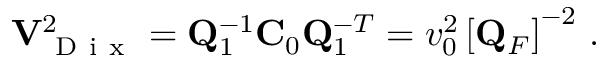
{ \bf V } _ { \mathrm { ~ D ~ i ~ x ~ } } ^ { 2 } = { \bf Q } _ { 1 } ^ { - 1 } { \bf C } _ { 0 } { \bf Q } _ { 1 } ^ { - T } = v _ { 0 } ^ { 2 } \left[ { \bf Q } _ { F } \right] ^ { - 2 } \, .